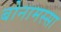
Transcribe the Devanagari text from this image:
बोनामस्सा